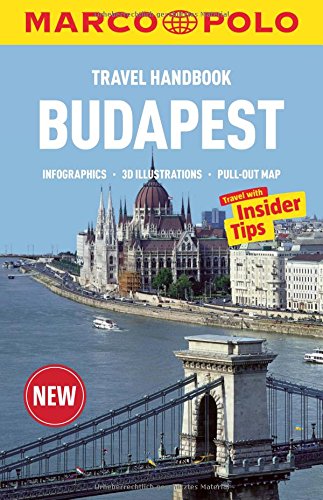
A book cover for Budapest Marco Polo Handbook (Marco Polo Handbooks); Marco Polo Travel Publishing; Travel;